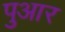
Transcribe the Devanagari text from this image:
पुआर